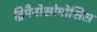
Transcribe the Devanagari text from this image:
ट्रिपैनोसोमोसिस